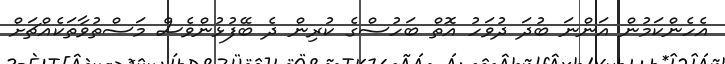
އެހެންކަމުން އަންނަ ބުދަ ދުވަހު އޮތް ބަހުސްގެ ކުރިން ދެ ބޭފުޅުންވެސް މަސްތުވާތަކެއްޗަށް